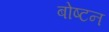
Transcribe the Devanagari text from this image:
बोष्टन